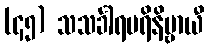
(၄၅) သသင်္ခါရပရိနိဗ္ဗာယီ